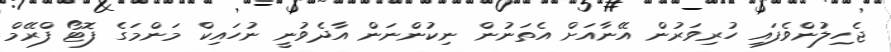
ޖެހިލުންވެފައި ހުރިވަރުން އޭނާއަށް އެތަނުން ނިކުންނަން އާދެވުނީ ނުހައިކް މަންމަގެ ފޮޓޯ ފްރޭމް